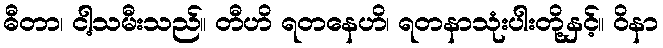
ဓီတာ၊ ငါ့သမီးသည်။ တီဟိ ရတနေဟိ၊ ရတနာသုံးပါးတို့နှင့်။ ဝိနာ